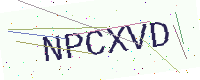
Text: NPCXVD